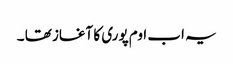
یہ اب اوم پوری کا آغاز تھا ۔